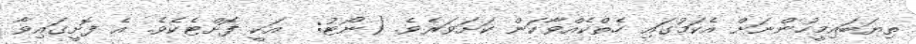
ތިޔަބައިމީހުންނަށް އެކަމުގައި ހެތްކެއްވާކަން ކަށަވަރެވެ. (ނޯޓު:  އަކީ ފޮށްޓެކެވެ. އެ ފޮށީގައިވާ